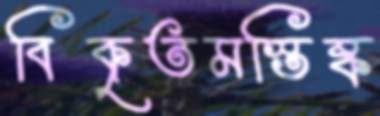
বিকৃতমস্তিষ্ক